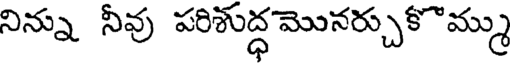
నిన్ను నీవు పరిశుద్ధమొనర్చుకొమ్ము